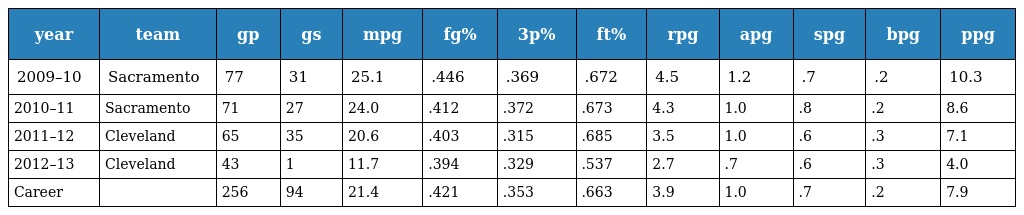
| year | team | gp | gs | mpg | fg% | 3p% | ft% | rpg | apg | spg | bpg | ppg |
 | --- | --- | --- | --- | --- | --- | --- | --- | --- | --- | --- | --- | --- |
 | 2009–10 | Sacramento | 77 | 31 | 25.1 | .446 | .369 | .672 | 4.5 | 1.2 | .7 | .2 | 10.3 |
 | 2010–11 | Sacramento | 71 | 27 | 24.0 | .412 | .372 | .673 | 4.3 | 1.0 | .8 | .2 | 8.6 |
 | 2011–12 | Cleveland | 65 | 35 | 20.6 | .403 | .315 | .685 | 3.5 | 1.0 | .6 | .3 | 7.1 |
 | 2012–13 | Cleveland | 43 | 1 | 11.7 | .394 | .329 | .537 | 2.7 | .7 | .6 | .3 | 4.0 |
 | Career |  | 256 | 94 | 21.4 | .421 | .353 | .663 | 3.9 | 1.0 | .7 | .2 | 7.9 |